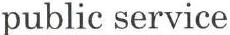
public service